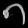
Digit: ၈